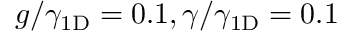
g / \gamma _ { 1 \mathrm { { D } } } = 0 . 1 , \gamma / \gamma _ { 1 \mathrm { { D } } } = 0 . 1